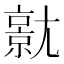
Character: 𡰗